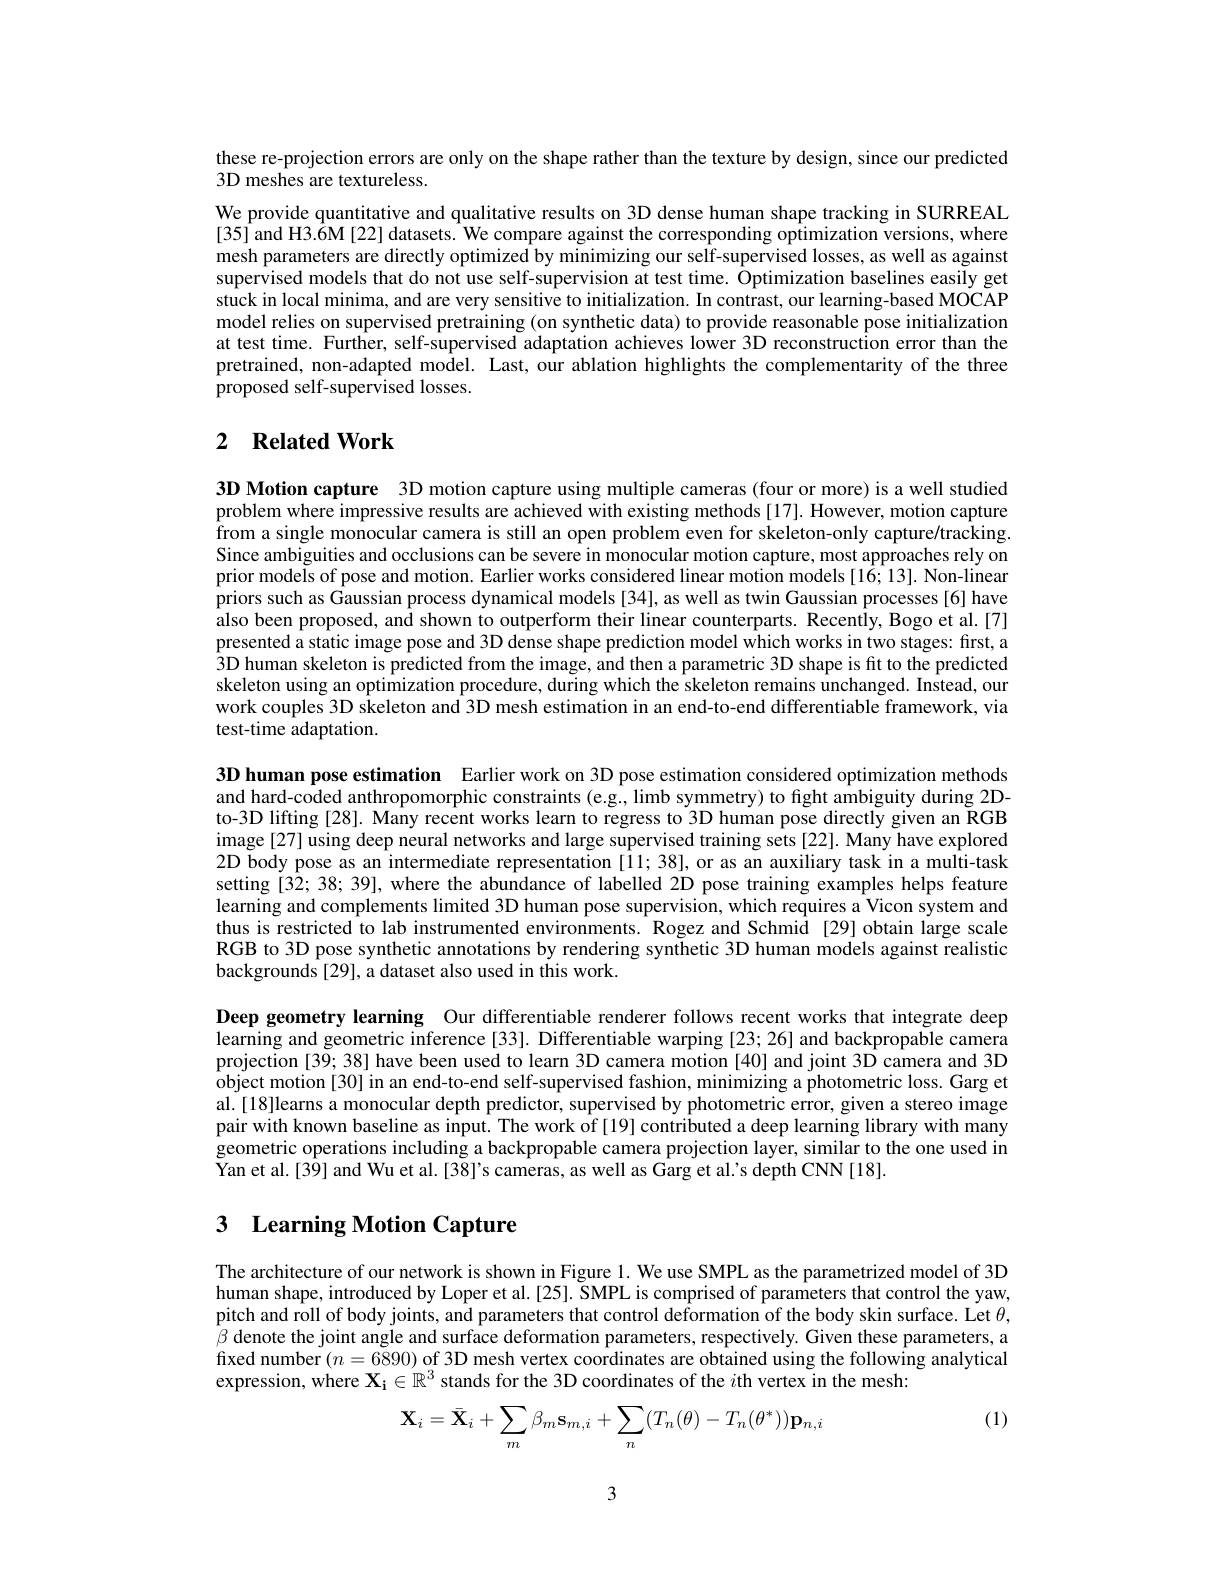
these re-projection errors are only on the shape rather than the texture by design, since our predicted
3D meshes are textureless.
We provide quantitative and qualitative results on 3D dense human shape tracking in SURREAL [35] and H3.6M[22] datasets. We compare against the corresponding optimization versions, where mesh parameters are directly optimized by minimizing our self-supervised losses, as well as against supervised models that do not use self-supervision at test time. Optimization baselines easily get stuck in local minima, and are very sensitive to initialization. In contrast, our learning-based MOCAP model relies on supervised pretraining (on synthetic data) to provide reasonable pose initialization at test time. Further, self-supervised adaptation achieves lower 3D reconstruction error than the pretrained, non-adapted model. Last, our ablation highlights the complementarity of the three proposed self-supervised losses.

## 2 $\textbf{Related Work}$

3D Motion capture 3D motion capture using multiple cameras (four or more) is a well studied problem where impressive results are achieved with existing methods[17]. However, motion capture from a single monocular camera is still an open problem even for skeleton-only capture/tracking Since ambiguities and occlusions can be severe in monocular motion capture, most approaches rely on prior models of pose and motion. Earlier works considered linear motion models [16; 13]. Non-linear priors such as Gaussian process dynamical models [34], as well as twin Gaussian processes [6] have also been proposed, and shown to outperform their linear counterparts. Recently, Bogo et al.[7] presented a static image pose and 3D dense shape prediction model which works in two stages: first, a $\hat{3}$D human skeleton is predicted from the image, and then a parametric 3D shape is fit to the predicted skeleton using an optimization procedure, during which the skeleton remains unchanged. Instead, our work couples 3D skeleton and 3D mesh estimation in an end-to-end differentiable framework, via test-time adaptation.

3D human pose estimation Earlier work on 3D pose estimation considered optimization methods and hard-coded anthropomorphic constraints (e.g., limb symmetry) to fight ambiguity during 2Dto-3D lifting [28]. Many recent works learn to regress to 3D human pose directly given an RGB image [27] using deep neural networks and large supervised training sets [22]. Many have explored 2D body pose as an intermediate representation [11; 38], or as an auxiliary task in a multi-task setting [32; 38; 39], where the abundance of labelled 2D pose training examples helps feature learning and complements limited 3D human pose supervision, which requires a Vicon system and thus is restricted to lab instrumented environments. Rogez and Schmid [29] obtain large scale RGB to 3D pose synthetic annotations by rendering synthetic 3D human models against realistic backgrounds [29], a dataset also used in this work.

Deep geometry learning Our differentiable renderer follows recent works that integrate deep learning and geometric inference[33]. Differentiable warping [23;26] and backpropable camera projection [39; 38] have been used to learn 3D camera motion [40] and joint 3D camera and 3D object motion[30] in an end-to-end self-supervised fashion, minimizing a photometric loss. Garg et al. [18]learns a monocular depth predictor, supervised by photometric error, given a stereo image pair with known baseline as input. The work of [19] contributed a deep learning library with many geometric operations including a backpropable camera projection layer, similar to the one used in Yan et al.[39] and Wu et al.[38]'s cameras, as well as Garg et al.'s depth CNN[18].

# 3 Learning Motion Capture

The architecture of our network is shown in Figure 1. We use SMPL as the parametrized model of 3D human shape, introduced by Loper et al.[25]. SMPL is comprised of parameters that control the yaw, pitch and roll of body joints, and parameters that control deformation of the body skin surface. Let $\theta$, $\beta$ denote the joint angle and surface deformation parameters, respectively. Given these parameters, a fixed number $(n=6890)$ of 3D mesh vertex coordinates are obtained using the following analytical expression, where $\mathbf{X_i}\in\mathbb{R}^3$ stands for the 3D coordinates of the $i$th vertex in the mesh:

(1)
$$\mathbf{X}_{i}=\bar{\mathbf{X}}_{i}+\sum_{m}\beta_{m}\mathbf{s}_{m,i}+\sum_{n}(T_{n}(\theta)-T_{n}(\theta^{*}))\mathbf{p}_{n,i}$$
3